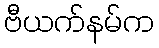
ဗီယက်နမ်က